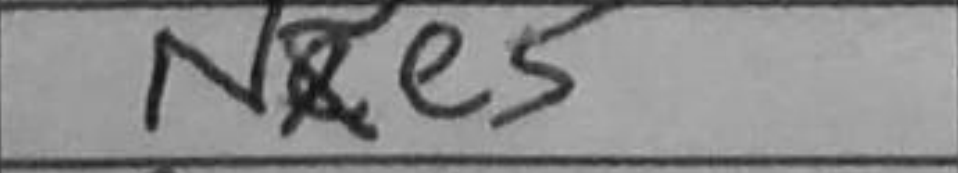
Transcription: Nxe5